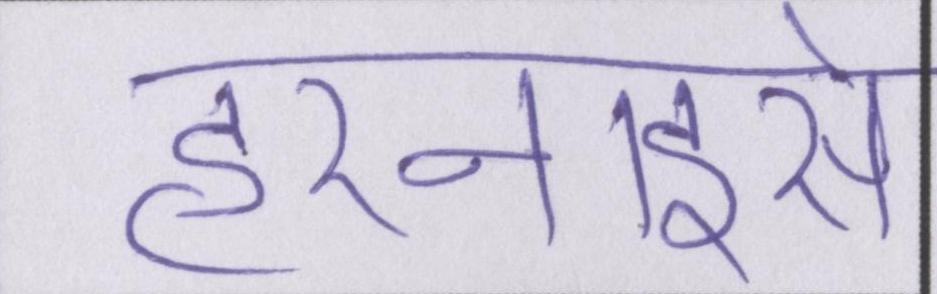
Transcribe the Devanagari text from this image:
हरनाइसे